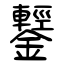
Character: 鑋